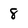
Character: 8